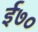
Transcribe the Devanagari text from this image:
ई७०